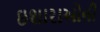
ઇશારાઓની